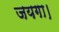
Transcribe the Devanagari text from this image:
जयगा।